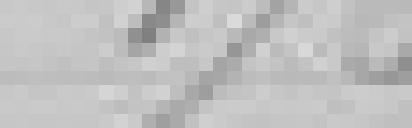
176